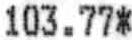
103.77*